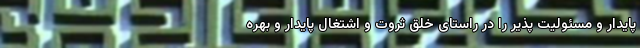
پایدار و مسئولیت پذیر را در راستای خلق ثروت و اشتغال پایدار و بهره